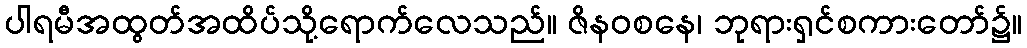
ပါရမီအထွတ်အထိပ်သို့ရောက်လေသည်။ ဇိနဝစနေ၊ ဘုရားရှင်စကားတော်၌။